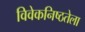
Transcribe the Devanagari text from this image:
विवेकनिष्ठतेला